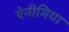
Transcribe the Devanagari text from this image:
ऐनीमिया